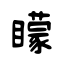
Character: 矇